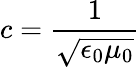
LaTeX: c={\frac{1}{\sqrt{\epsilon_{0}\mu_{0}}}}